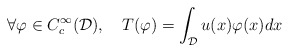
\begin{align*} \forall \varphi\in C_c^{\infty }(\mathcal{D}), \ \ \ T(\varphi) = \int_{\mathcal{D}}u(x)\varphi(x)dx\end{align*}